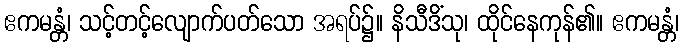
ဧကမန္တံ၊ သင့်တင့်လျောက်ပတ်သော အရပ်၌။ နိသီဒိံသု၊ ထိုင်နေကုန်၏။ ဧကမန္တံ၊